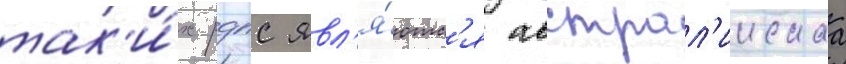
так'и́х рдпс явл'я́ютс'я австрал'иискаа